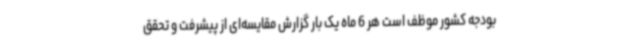
بودجه کشور موظف است هر 6 ماه یک بار گزارش مقایسه‌ای از پیشرفت و تحقق